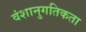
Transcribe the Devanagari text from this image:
वंशानुगतिकता